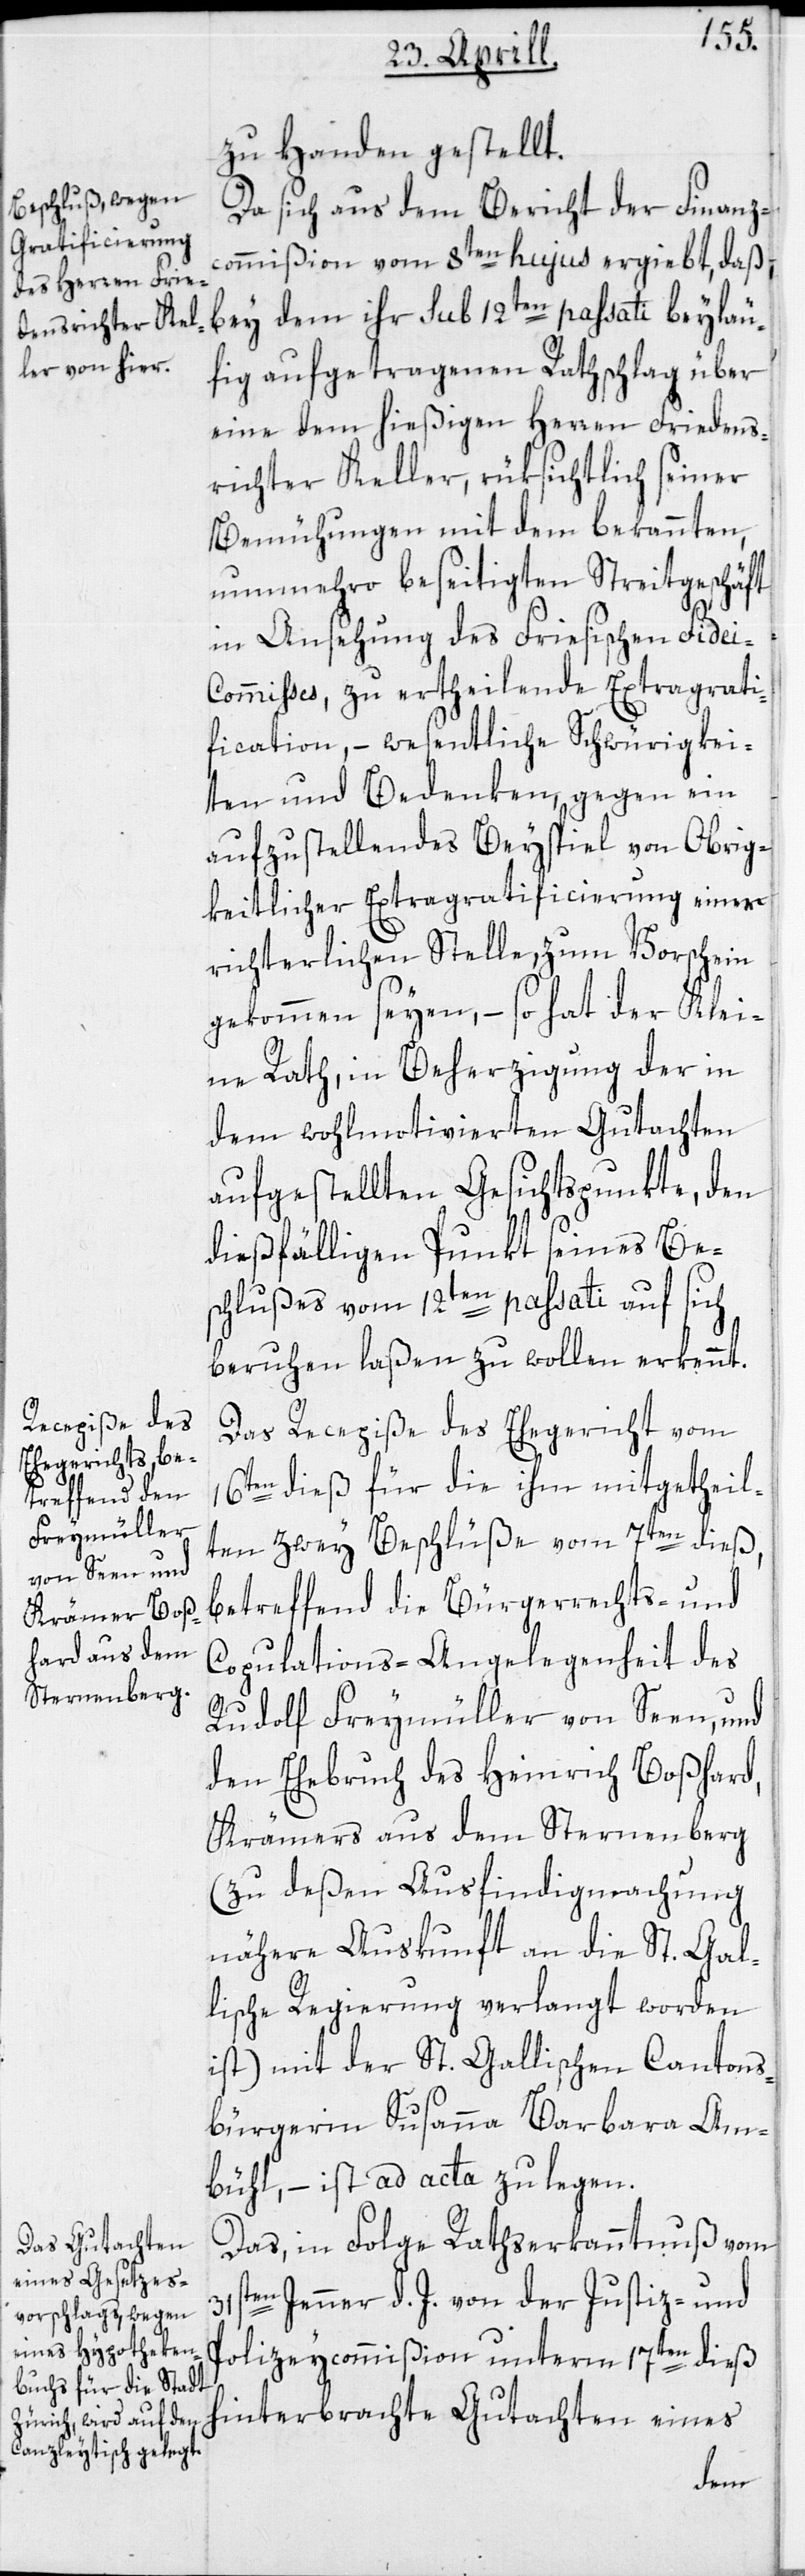
zu Handen gestellt.
Da sich aus dem Bericht der Finanz¬
commißion vom 8ten hujus ergiebt, daß
bey dem ihr sub 12ten passati beyläu¬
fig aufgetragenen Rathschlag über
eine dem hießigen Herren Friedens¬
richter Keller, rüksichtlich seiner
Bemühungen mit dem bekannten,
nunmehro beseitigten Streitgeschäft
in Ansehung des Friesischen Fidei-C¬
ommisses, zu ertheilende Extragrati¬
fication, – wesentliche Schwürigkei¬
ten und Bedenken, gegen ein
aufzustellendes Beyspiel von Obrig¬
keitlicher Extragratificierung einer
richterlichen Stelle, zum Vorschein
gekommen seyen, – so hat der Klei¬
ne Rath, in Beherzigung der in
dem wohlmotivierten Gutachten
aufgestellten Gesichtspunkte, den
dießfälligen Punkt seines Be¬
schlußes vom 12ten passati auf sich
beruhen laßen zu wollen erkennt.
Das Recepiße des Ehegericht vom
16ten dieß für die ihm mitgetheil¬
ten zwey Beschlüße vom 7ten dieß,
betreffend die Bürgerrechts- und
Copulations-Angelegenheit des
Rudolf Freymüller von Seen, und
den Ehebruch des Heinrich Boßhard,
Krämers aus dem Sternenberg
(zu deßen Ausfindigmachung
nähere Auskunft an die St. Gal¬
lische Regierung verlangt worden
ist) mit der St. Gallischen Cantons¬
bürgerin Susanna Barbara Am¬
bühl, – ist ad acta zu legen.
Das, in Folge Rathserkanntnuß vom
31sten Jenner d. J. von der Justiz- und
Polizeycommißion unterm 17ten dieß
hinterbrachte Gutachten eines